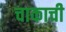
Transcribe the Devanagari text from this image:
चाकाची